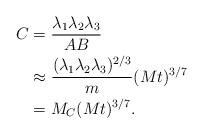
LaTeX: \begin{align*}C&=\frac{\lambda_1\lambda_2\lambda_3}{AB}\\&\approx\frac{(\lambda_1\lambda_2\lambda_3)^{2/3}}{m}(Mt)^{3/7}\\&=M_C(Mt)^{3/7}.\end{align*}